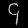
Digit: ၄